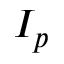
I _ { p }